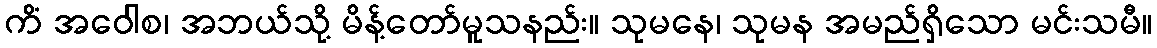
ကိံ အဝေါစ၊ အဘယ်သို့ မိန့်တော်မူသနည်း။ သုမနေ၊ သုမန အမည်ရှိသော မင်းသမီ။